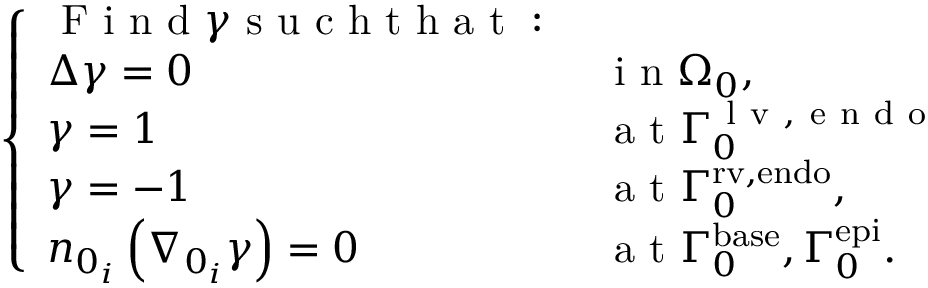
\left\{ \begin{array} { l l } { \mathrm { ~ F ~ i ~ n ~ d ~ } \gamma \mathrm { ~ s ~ u ~ c ~ h ~ t ~ h ~ a ~ t ~ : ~ } } & { } \\ { \Delta \gamma = 0 } & { \mathrm { ~ i ~ n ~ } { \Omega } _ { 0 } , } \\ { \gamma = 1 } & { \mathrm { ~ a ~ t ~ } { \Gamma } _ { 0 } ^ { \mathrm { ~ l ~ v ~ , ~ e ~ n ~ d ~ o ~ } } } \\ { \gamma = - 1 } & { \mathrm { ~ a ~ t ~ } { \Gamma } _ { 0 } ^ { \mathrm { r v , e n d o } } , } \\ { n _ { 0 _ { i } } \left( \nabla _ { 0 _ { i } } \gamma \right) = 0 } & { \mathrm { ~ a ~ t ~ } { \Gamma } _ { 0 } ^ { \mathrm { b a s e } } , { \Gamma } _ { 0 } ^ { \mathrm { e p i } } . } \end{array} \right.